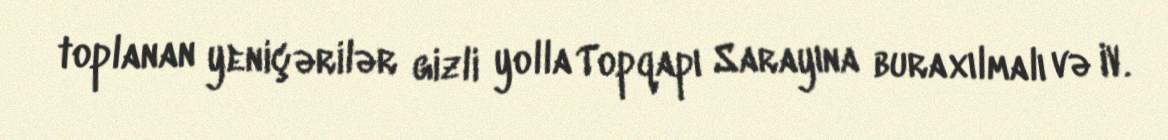
toplanan yeniçərilər gizli yolla Topqapı Sarayına buraxılmalı və IV.